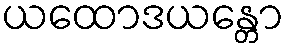
ယထောဒယန္တော